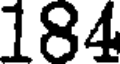
184